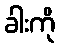
ခါးကို